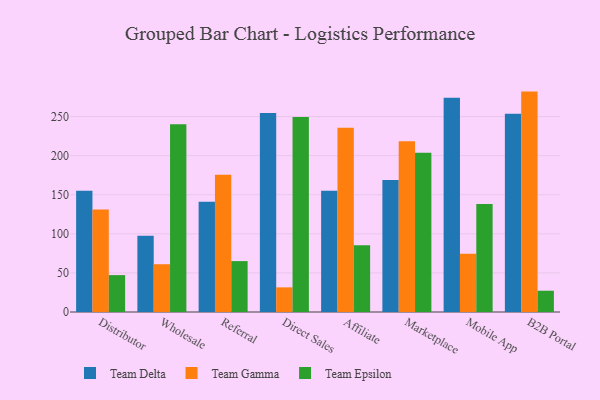
{"axis": {"x": "Channel", "y": "Production Output"}, "legend": ["Team Delta", "Team Epsilon", "Team Gamma"], "data": [{"x": "Distributor", "y": 155.1, "type": "Team Delta"}, {"x": "Distributor", "y": 131.1, "type": "Team Gamma"}, {"x": "Distributor", "y": 47.2, "type": "Team Epsilon"}, {"x": "Wholesale", "y": 97.5, "type": "Team Delta"}, {"x": "Wholesale", "y": 61.1, "type": "Team Gamma"}, {"x": "Wholesale", "y": 240.1, "type": "Team Epsilon"}, {"x": "Referral", "y": 140.9, "type": "Team Delta"}, {"x": "Referral", "y": 175.7, "type": "Team Gamma"}, {"x": "Referral", "y": 65.1, "type": "Team Epsilon"}, {"x": "Direct Sales", "y": 254.5, "type": "Team Delta"}, {"x": "Direct Sales", "y": 31.5, "type": "Team Gamma"}, {"x": "Direct Sales", "y": 249.4, "type": "Team Epsilon"}, {"x": "Affiliate", "y": 155.0, "type": "Team Delta"}, {"x": "Affiliate", "y": 235.8, "type": "Team Gamma"}, {"x": "Affiliate", "y": 85.3, "type": "Team Epsilon"}, {"x": "Marketplace", "y": 168.7, "type": "Team Delta"}, {"x": "Marketplace", "y": 218.3, "type": "Team Gamma"}, {"x": "Marketplace", "y": 203.6, "type": "Team Epsilon"}, {"x": "Mobile App", "y": 274.0, "type": "Team Delta"}, {"x": "Mobile App", "y": 74.4, "type": "Team Gamma"}, {"x": "Mobile App", "y": 138.1, "type": "Team Epsilon"}, {"x": "B2B Portal", "y": 253.5, "type": "Team Delta"}, {"x": "B2B Portal", "y": 281.9, "type": "Team Gamma"}, {"x": "B2B Portal", "y": 27.2, "type": "Team Epsilon"}]}